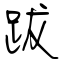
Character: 跋